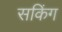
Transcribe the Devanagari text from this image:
सकिंग